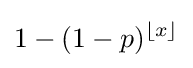
1-(1-p)^{\lfloor x\rfloor }